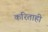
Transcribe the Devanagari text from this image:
करिताही